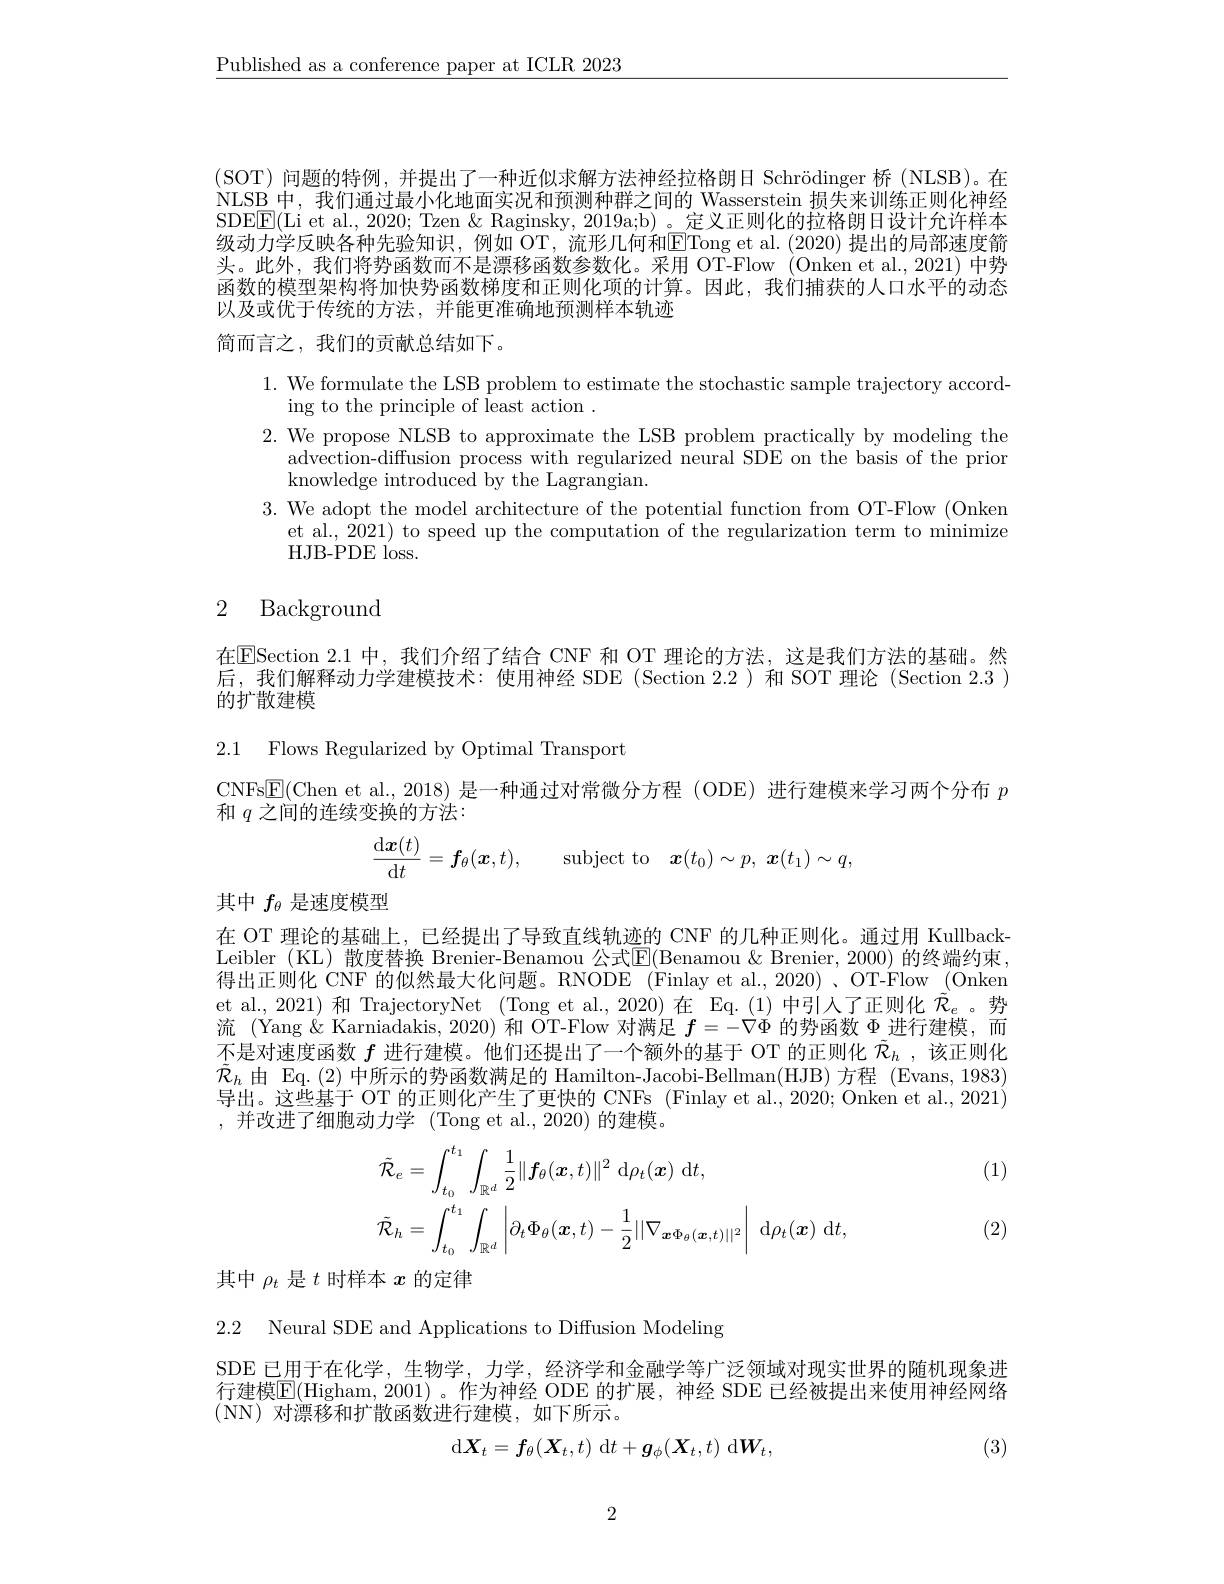
$\underline{\text{Published as a conference paper at ICLR 2023}}$

(SOT)问题的特例，并提出了一种近似求解方法神经拉格朗日 Schrödinger 桥 (NLSB)。在NLSB 中，我们通过最小化地面实况和预测种群之间的 Wasserstein 损失来训练正则化神经SDE$\boxed{\mathrm{F}}($Li et al., 2020; Tzen & Raginsky, 2019a;b) 。定义正则化的拉格朗日设计允许样本级动力学反映各种先验知识，例如 OT,流形几何和$\boxed{\mathrm{F}}$Tong et al.(2020) 提出的局部速度箭头。此外，我们将势函数而不是漂移函数参数化。采用 OT-Flow (Onken et al.,2021) 中势函数的模型架构将加快势函数梯度和正则化项的计算。因此，我们捕获的人口水平的动态以及或优于传统的方法，并能更准确地预测样本轨迹
简而言之，我们的贡献总结如下。

1. We formulate the LSB problem to estimate the stochastic sample trajectory accord-
ing to the principle of least action .
2. We propose NLSB to approximate the LSB problem practically by modeling the
advection-diffusion process with regularized neural SDE on the basis of the prior
knowledge introduced by the Lagrangian.
3. We adopt the model architecture of the potential function from OT-Flow (Onken
et al., 2021) to speed up the computation of the regularization term to minimize
HJB-PDE loss.

## 2 Background

在$\overline{\mathrm{E}}$Section 2.1 中，我们介绍了结合 CNF 和 OT 理论的方法，这是我们方法的基础。然后，我们解释动力学建模技术：使用神经 SDE (Section 2.2)和 SOT 理论 (Section 2.3 ) 的扩散建模

2.1 Flows Regularized by Optimal Transport

CNFs$\boxed{\mathrm{E}}($Chen et al., 2018)是一种通过对常微分方程 (ODE)进行建模来学习两个分布$p$
和$q$之间的连续变换的方法：
$$\frac{\mathrm{d}\boldsymbol{x}(t)}{\mathrm{d}t}=\boldsymbol{f}_\theta(\boldsymbol{x},t),\quad\mathrm{subject~to}\quad\boldsymbol{x}(t_0)\sim p,\:\boldsymbol{x}(t_1)\sim q,$$
其中$f_{\theta}$是速度模型

在 OT 理论的基础上，已经提出了导致直线轨迹的 CNF 的几种正则化。通过用 KullbackLeibler ( KL) 散度替换 Brenier-Benamou 公式E(Benamou&Brenier,2000)的终端约束， 得出正则化 CNF 的似然最大化问题。RNODE (Finlay et al., 2020) 、OT-Flow (Onken et al., 2021) 和 TrajectoryNet (Tong et al., 2020)在 Eq.(1)中引入了正则化$\tilde{\tilde{R}}_e$。势流 (Yang &Karniadakis, 2020) 和 OT-Flow 对满足$f=-\nabla\Phi$的势函数$\Phi$进行建模，而不是对速度函数$f$进行建模。他们还提出了一个额外的基于 OT 的正则化$\tilde{\mathcal{R}}_h$ ,该正则化$\tilde{\mathcal{R}}_{h}$由 Eq.(2)中所示的势函数满足的 Hamilton-Jacobi-Bellman(HJB)方程 (Evans,1983) 导出。这些基于 OT 的正则化产生了更快的 CNFs (Finlay et al., 2020; Onken et al., 2021) ,并改进了细胞动力学(Tong et al.,2020)的建模。

(1)
$$\begin{aligned}&\tilde{\mathcal{R}}_{e}=\int_{t_{0}}^{t_{1}}\int_{\mathbb{R}^{d}}\frac{1}{2}\|f_{\theta}(\boldsymbol{x},t)\|^{2}\:\mathrm{d}\rho_{t}(\boldsymbol{x})\:\mathrm{d}t,\\&\tilde{\mathcal{R}}_{h}=\int_{t_{0}}^{t_{1}}\int_{\mathbb{R}^{d}}\left|\partial_{t}\Phi_{\theta}(\boldsymbol{x},t)-\frac{1}{2}||\nabla_{\boldsymbol{x}\Phi_{\theta}(\boldsymbol{x},t)||^{2}}\right|\:\mathrm{d}\rho_{t}(\boldsymbol{x})\:\mathrm{d}t,\end{aligned}$$
(2)

其中$\rho_t$是$t$时样本$x$的定律

2.2 Neural SDE and Applications to Diffusion Modeling

SDE 已用于在化学，生物学，力学，经济学和金融学等广泛领域对现实世界的随机现象进行建模$\mathbb{E}($Higham,2001)。作为神经 ODE 的扩展，神经 SDE 已经被提出来使用神经网络(NN)对漂移和扩散函数进行建模，如下所示。
$$\mathrm{d}\boldsymbol{X}_t=\boldsymbol{f}_\theta(\boldsymbol{X}_t,t)\:\mathrm{d}t+\boldsymbol{g}_\phi(\boldsymbol{X}_t,t)\:\mathrm{d}\boldsymbol{W}_t,$$
(3)

2